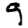
Digit: 9